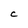
Character: C